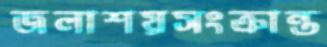
জলাশয়সংক্রান্ত